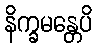
နိက္ခမန္တေပိ